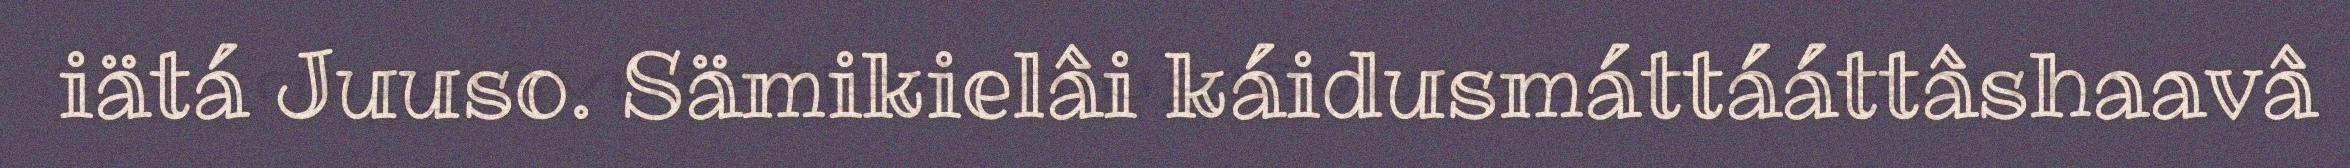
iätá Juuso. Sämikielâi káidusmáttááttâshaavâ